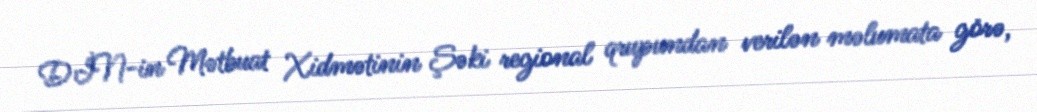
DİN-in Mətbuat Xidmətinin Şəki regional qrupundan verilən məlumata görə,